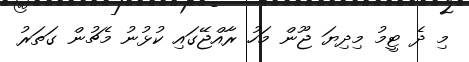
މި ދެ ޓީމު މިދިޔަ ޖޫން މަހު ރާއްޖޭގައި ކުޅުނު މެޗުން ގަތަރު